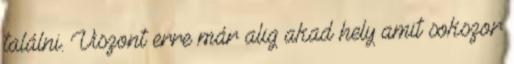
találni. Viszont erre már alig akad hely amit sokszor